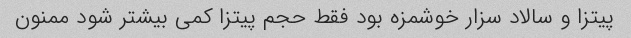
پیتزا و سالاد سزار خوشمزه بود فقط حجم پیتزا کمی بیشتر شود ممنون